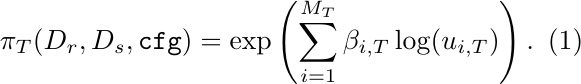
\begin{equation}
\centering
~~~~~~~~~~~~~~~~~~~~~~~~~~~~~~~~~~~~~~~~~~~~~~~\pi_{T}(D_r, D_s,\text{\ttfamily{cfg}})=\exp \left(\sum_{i=1}^{M_T} \beta_{i,T} \log(u_{i,T}) \right).
\label{eq:copulaweighted}
\end{equation}